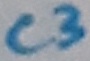
Text: C3